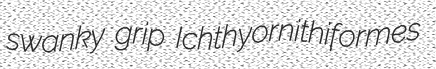
swanky grip Ichthyornithiformes